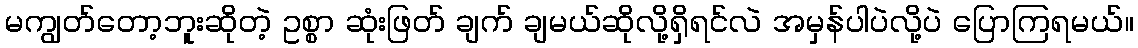
မကျွတ်တော့ဘူးဆိုတဲ့ ဥစ္စာ ဆုံးဖြတ် ချက် ချမယ်ဆိုလို့ရှိရင်လဲ အမှန်ပါပဲလို့ပဲ ပြောကြရမယ်။